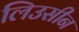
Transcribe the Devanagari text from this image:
लिउसीन